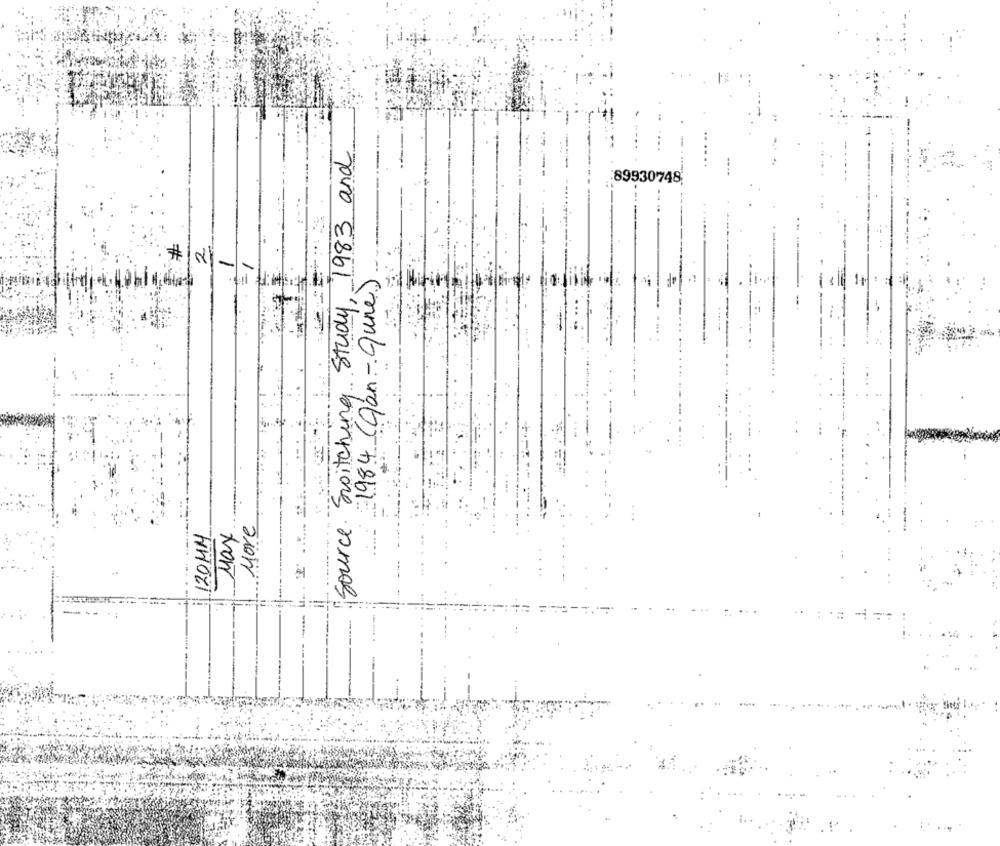
Source Switching Study, 1983 and
:89930748
1984 (gan-Quine)
1+
-
More
120MM
May